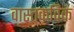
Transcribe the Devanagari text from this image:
वास्तकविक